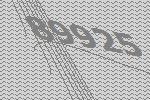
89925